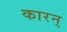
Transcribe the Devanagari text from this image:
कारन्